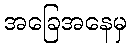
အခြေအနေမှ